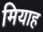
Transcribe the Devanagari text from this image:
मियाह